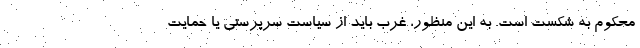
محکوم به شکست است. به این منظور، غرب باید از سیاست سرپرستی یا حمایت